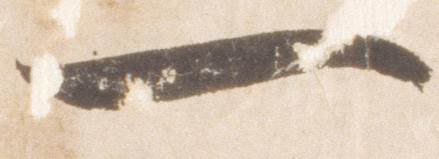
一